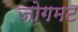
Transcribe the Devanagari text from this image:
जोगमट